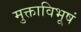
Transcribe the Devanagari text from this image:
मुक्ताविभूषं